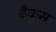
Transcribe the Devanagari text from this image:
बैकुस